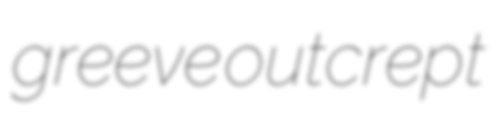
greeve outcrept